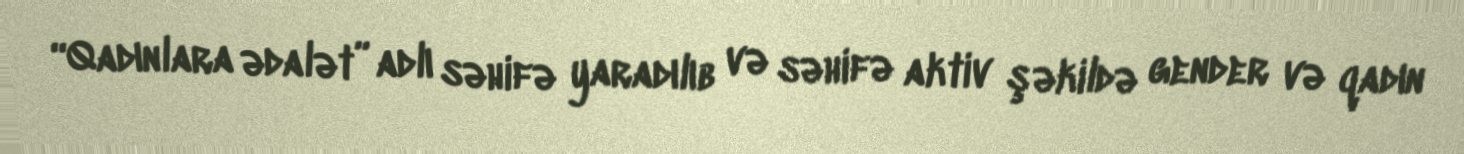
“Qadınlara ədalət” adlı səhifə yaradılıb və səhifə aktiv şəkildə gender və qadın